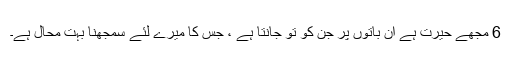
6 مجھے حیرت ہے اُن باتوں پر جن کو تُو جانتا ہے ، جس کا میرے لئے سمجھنا بہت مُحال ہے۔